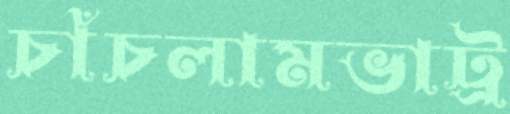
চাঁচলামভাট্র